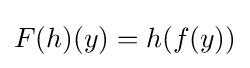
F(h)(y)=h(f(y))